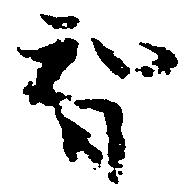
智